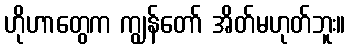
ဟိုဟာတွေက ကျွန်တော် အိတ်မဟုတ်ဘူး။